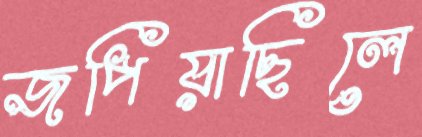
জপিয়াছিলে